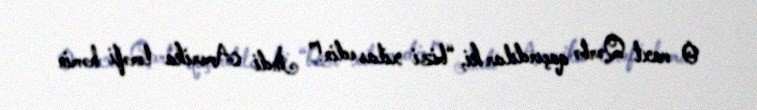
O vaxt Qərbə qaçırdılar ki, “bizi xilas edin!” İndi Amerika tərəfi həmin